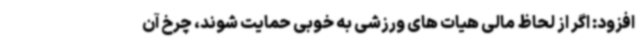
افزود: اگر از لحاظ مالی هیات های ورزشی به خوبی حمایت شوند، چرخ آن